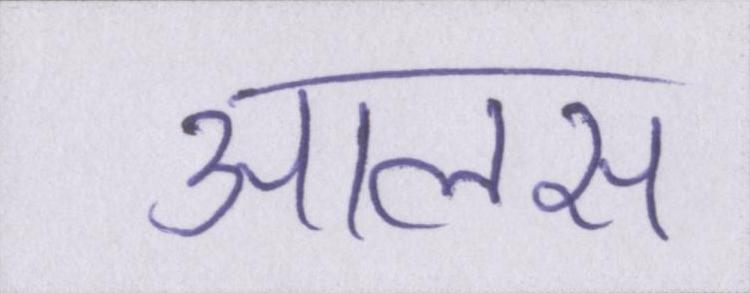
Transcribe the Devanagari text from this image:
आलस